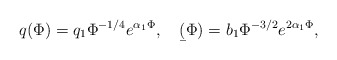
\begin{align*}q(\Phi)=q_1 \Phi^{-1/4}e^{\alpha_1 \Phi}, \ \ \ \b(\Phi)=b_1 \Phi^{-3/2}e^{2\alpha_1 \Phi},\end{align*}